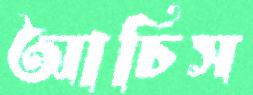
আচিস